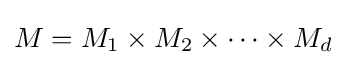
M=M_{1}\times M_{2}\times \cdots \times M_{d}